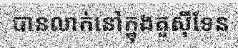
បានលាក់នៅក្នុងតួស៊ីទែន